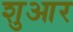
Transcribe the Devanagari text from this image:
शुआर